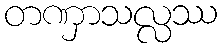
တဏှာသလ္လဿ